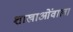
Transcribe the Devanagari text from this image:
शाखाओंवाला